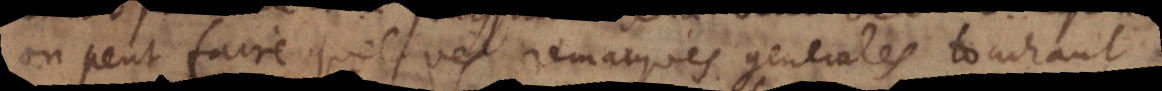
on peut faire quelques remarques generales touchant